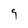
Character: 9